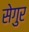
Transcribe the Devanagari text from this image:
सेगुर